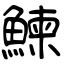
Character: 鰊